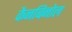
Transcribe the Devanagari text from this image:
कैनबिनोल